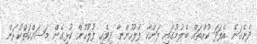
ދެނެގަނެ އެފަދަ ކުށްތައް ބެލުމުގައި ލަންކާ ފުލުހުންނާ ދިވެހި ފުލުހުން ކުޅިގެން މަސައްކަތްކުރަން